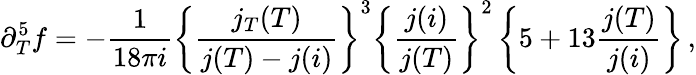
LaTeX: \partial_{T}^{5}f=-\frac{1}{18\pi i}\left\{ \frac{j_{T}(T)}{j(T)-j(i)}\right\} ^{3}\left\{ \frac{j(i)}{j(T)}\right\} ^{2}\left\{ 5+13\frac{j(T)}{j(i)}\right\} \, ,